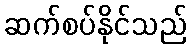
ဆက်စပ်နိုင်သည်